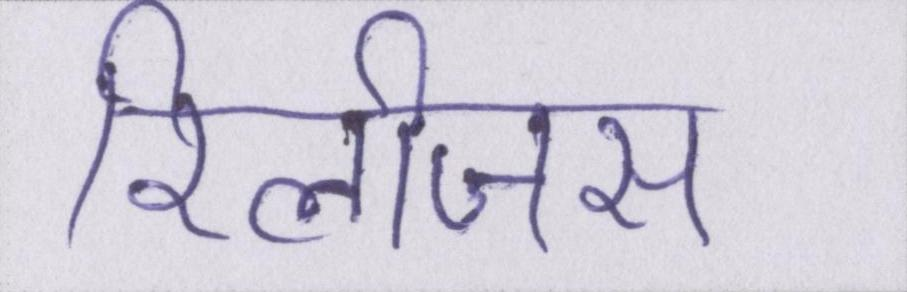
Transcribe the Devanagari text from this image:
रिलीजस